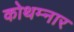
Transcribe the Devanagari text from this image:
कोथम्नार